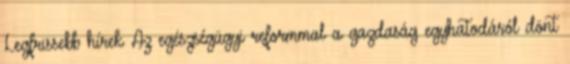
Legfrissebb hírek Az egészségügyi reformmal a gazdaság egyhatodáról dönt